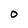
Character: O